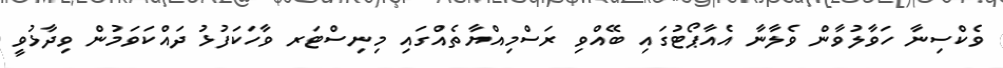
ވެކްސިނާ ހަވާލުވާން ވެލާނާ އެއާޕޯޓުގައި ބޭއްވި ރަސްމިއްޔާތެއްގައި މިނިސްޓަރ ވާހަކަފުޅު ދައްކަވަމުން ވިދާޅުވީ